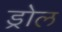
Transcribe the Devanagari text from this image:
ड्रोल